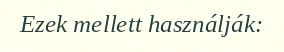
Ezek mellett használják: